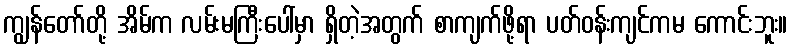
ကျွန်တော်တို့ အိမ်က လမ်းမကြီးပေါ်မှာ ရှိတဲ့အတွက် စာကျက်ဖို့ရာ ပတ်ဝန်းကျင်ကမ ကောင်းဘူး။